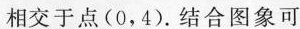
相交于点(0，4).结合图象可2o2x